Annual administration report of the Civil Veterinary Department of India - 1892-1893
Year: 1892
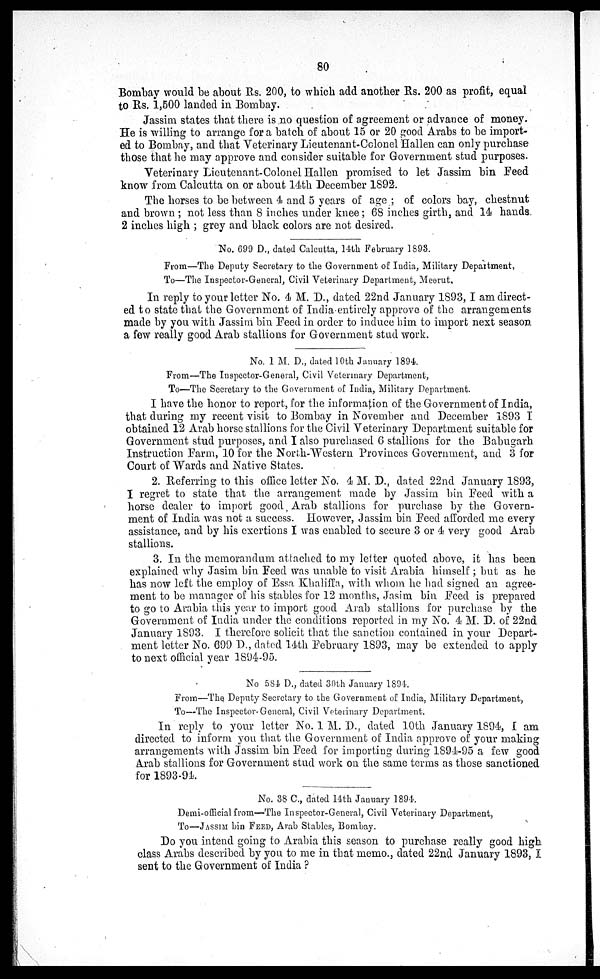
80
Bombay would be about Rs. 200, to which add another Rs. 200 as profit, equal
to Rs. 1,500 landed in Bombay.
Jassim states that there is no question of agreement or advance of money.
He is willing to arrange for a batch of about 15 or 20 good Arabs to be import-
ed to Bombay, and that Veterinary Lieutenant-Colonel Hallen can only purchase
those that he may approve and consider suitable for Government stud purposes.
Veterinary Lieutenant-Colonel Hallen promised to let Jassim bin Feed
know from Calcutta on or about 14th December 1892.
The horses to be between 4 and 5 years of age; of colors bay, chestnut
and brown; not less than 8 inches under knee; 68 inches girth, and 14 hands
2 inches high ; grey and black colors are not desired.
No. 699 D., dated Calcutta, 14th February 1893.
From—The Deputy Secretary to the Government of India, Military Department,
To—The Inspector-General, Civil Veterinary Department, Meerut,
In reply to your letter No. 4 M. D., dated 22nd January 1893, I am direct-
ed to state that the Government of India entirely approve of the arrangements
made by you with Jassim bin Feed in order to induce him to import next season
a few really good Arab stallions for Government stud work.
No. 1 M. D., dated 10th January 1894.
From—The Inspector-General, Civil Veterinary Department,
To—The Secretary to the Government of India, Military Department.
I have the honor to report, for the information of the Government of India,
that during my recent visit to Bombay in November and December 1893 I
obtained 12 Arab horse stallions for the Civil Veterinary Department suitable for
Government stud purposes, and I also purchased 6 stallions for the Babugarh
Instruction Farm, 10 for the North-Western Provinces Government, and 3 for
Court of Wards and Native States.
2. Referring to this office letter No. 4 M. D., dated 22nd January 1893,
I regret to state that the arrangement made by Jassim bin Feed with a
horse dealer to import good Arab stallions for purchase by the Govern-
ment of India was not a success. However, Jassim bin Feed afforded me every
assistance, and by his exertions I was enabled to secure 3 or 4 very good Arab
stallions.
3. In the memorandum attached to my letter quoted above, it has been
explained why Jasim bin Feed was unable to visit Arabia himself; but as he
has now left the employ of Essa Khaliffa, with whom he had signed an agree-
ment to be manager of his stables for 12 months, Jasim bin Feed is prepared
to go to Arabia this year to import good Arab stallions for purchase by the
Government of India under the conditions reported in my No. 4 M. D. of 22nd
January 1893. I therefore solicit that the sanction contained in your Depart-
ment letter No. 699 D., dated 14th February 1893, may be extended to apply
to next official year 1894-95.
No 584 D., dated 30th January 1894.
From—The Deputy Secretary to the Government of India, Military Department,
To—The Inspector-General, Civil Veterinary Department.
In reply to your letter No. 1 M. D., dated 10th January 1894, I am
directed to inform you that the Government of India approve of your making
arrangements with Jassim bin Feed for importing during 1894-95 a few good
Arab stallions for Government stud work on the same terms as those sanctioned
for 1893-94.
No. 38 C., dated 14th January 1894.
Demi-official from—The Inspector-General, Civil Veterinary Department,
To—JASSIM bin FEED, Arab Stables, Bombay.
Do you intend going to Arabia this season to purchase really good high
class Arabs described by you to me in that memo., dated 22nd January 1893, I
sent to the Government of India?